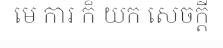
មេ ការ ក៏ យក សេចក្តី